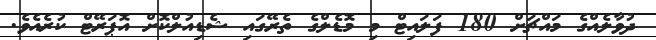
ދުވާލެއްގެ މައްޗަށް 180 ފަލައިޓް މި މޮޑެލްގެ ތެރޭގައި ޝެޑިއުލްކޮށް އޮޕަރޭޓް ކުރެއެވެ.